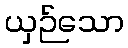
ယှဉ်သော